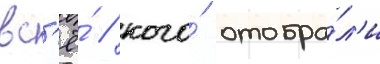
вс'ё́ / кого́ отобра́л'и